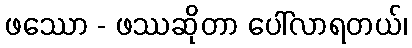
ဖဿော - ဖဿဆိုတာ ပေါ်လာရတယ်၊